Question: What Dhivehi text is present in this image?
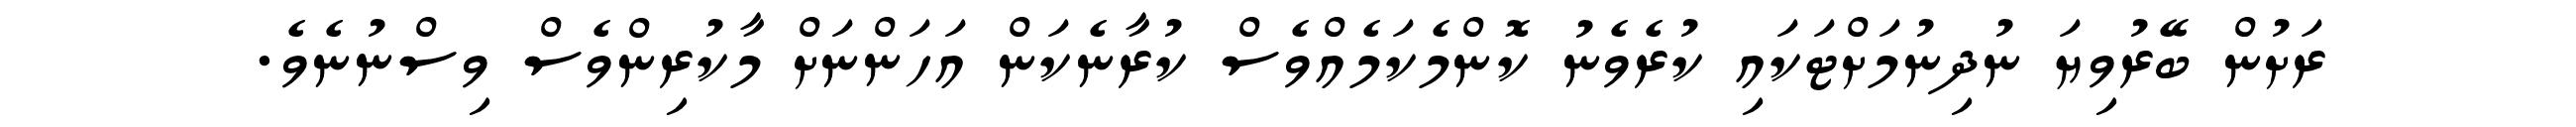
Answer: ރަށުން ބޭރުވިޔަ ނުދިނުމަށްޓަކައި ކުރެވެނު ކޮންމެކަމެއްވެސް ކުރާނެކަން އަހަންނަށް މާކުރިންވެސް ވިސްނުނެވެ.